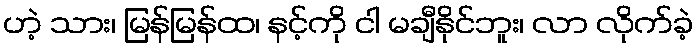
ဟဲ့ သား၊ မြန်မြန်ထ၊ နင့်ကို ငါ မချီနိုင်ဘူး၊ လာ လိုက်ခဲ့